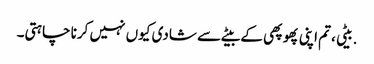
.بیٹی ،تم اپنی پھوپھی کے بیٹے سے شادی کیوں نہیں کرنا چاہتی۔